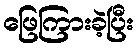
ဖြေကြားခဲ့ပြီး